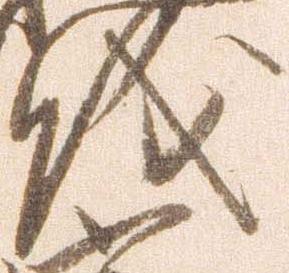
儀